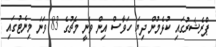
ޕްރެޝަރުގައި ކުޅެމުން ދިޔަ ހަވާސް އިން ވަނީ މެޗުގެ 83 ވަނަ މިނެޓުގައި